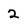
Character: 2